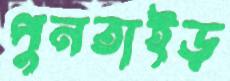
পুনতাইড়